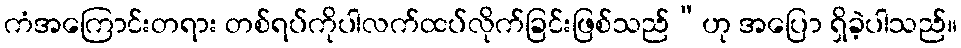
ကံအကြောင်းတရား တစ်ရပ်ကိုပါလက်ထပ်လိုက်ခြင်းဖြစ်သည်”ဟု အပြော ရှိခဲ့ပါသည်။